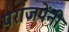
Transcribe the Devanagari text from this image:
परांजपेंनी